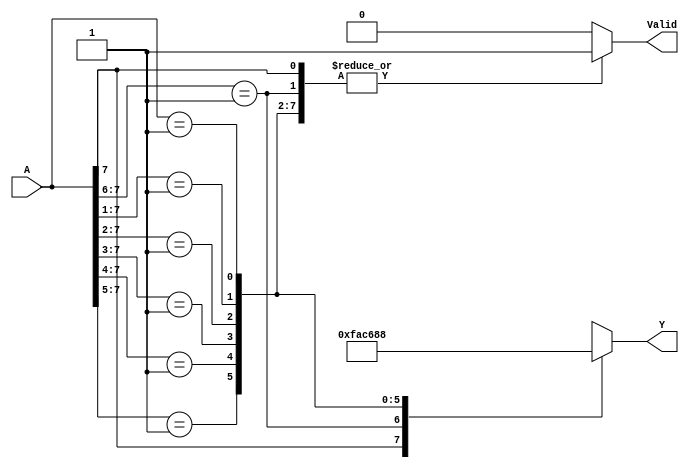
`timescale 1ns / 1ps
//////////////////////////////////////////////////////////////////////////////////
// Company: 
// Engineer: 
// 
// Design Name: 
// Module Name: CASEX_ENC
// Project Name: 
// Target Devices: 
// Tool Versions: 
// Description: 
// 
// Dependencies: 
// 
// Revision:
// Revision 0.01 - File Created
// Additional Comments:
// 
//////////////////////////////////////////////////////////////////////////////////


module CASEX_ENC8_3 (A,Y, Valid);
input [7:0] A;
output reg [2:0] Y;
output reg Valid;
always @ (A)
begin
Valid = 1;
casex (A)
8'b 1xxxxxxx: Y = 7;
8'b 01xxxxxx: Y = 6;
8'b 001xxxxx: Y = 5;
8'b 0001xxxx: Y = 4;
8'b 00001xxx: Y = 3;
8'b 000001xx: Y = 2;
8'b 0000001x: Y = 1;
8'b 00000001: Y = 0;
 default:
 begin
Valid = 0;
Y = 3'bX;
 end
endcase
end
endmodule